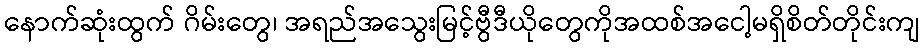
နောက်ဆုံးထွက် ဂိမ်းတွေ၊ အရည်အသွေးမြင့်ဗွီဒီယိုတွေကိုအထစ်အငေါ့မရှိစိတ်တိုင်းကျ